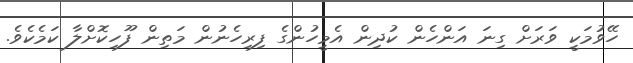
ހޭވުމަކީ ވަރަށް ގިނަ އަންހެން ކުދިން އެމީހުންގެ ފިރިހެނުން މަތިން ފޫހިކޮށްލާ ކަމެކެވެ.